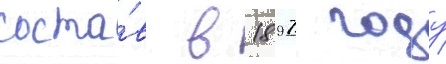
соста́в в 1897 году